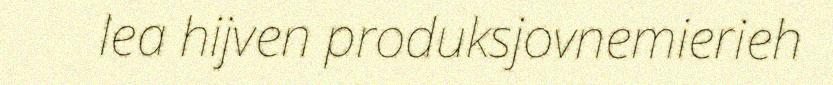
lea hijven produksjovnemierieh